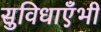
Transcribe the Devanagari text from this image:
सुविधाएँभी